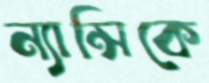
ন্যান্সিকে